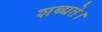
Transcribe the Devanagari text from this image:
शब्द्यते।